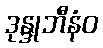
ဒုန္ဒုဘီနံဝ